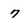
Character: 7